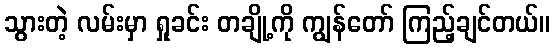
သွားတဲ့ လမ်းမှာ ရှုခင်း တချို့ကို ကျွန်တော် ကြည့်ချင်တယ်။